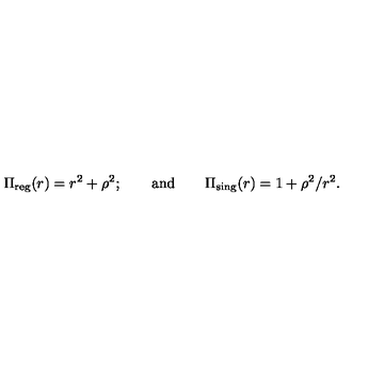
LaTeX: \Pi _ { \mathrm { r e g } } ( r ) = r ^ { 2 } + \rho ^ { 2 } ; \qquad \mathrm { a n d } \qquad \Pi _ { \mathrm { s i n g } } ( r ) = 1 + \rho ^ { 2 } / r ^ { 2 } .